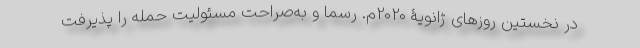
در نخستین روزهای ژانویۀ 2020م. رسماً و به‌صراحت مسئولیت حمله را پذیرفت